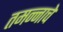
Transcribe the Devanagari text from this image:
तमन्नाचे